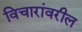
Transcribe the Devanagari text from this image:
विचारांवरील